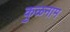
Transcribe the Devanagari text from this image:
कुळनाम